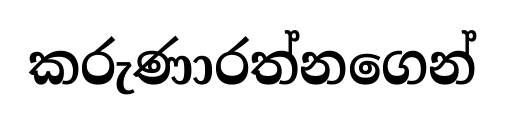
කරුණාරත්නගෙන්